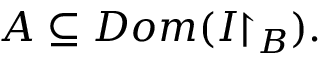
A \subseteq D o m ( I { \upharpoonright _ { B } } ) .